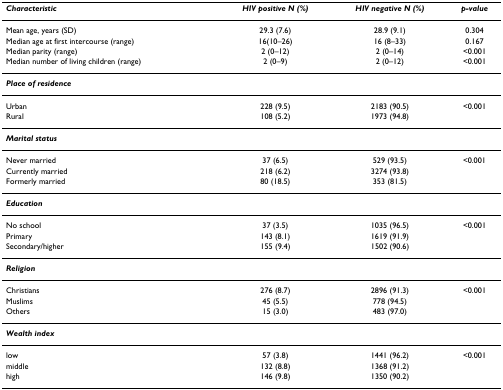
<table><thead><tr><td><b><i>Characteristic</i></b></td><td><b><i>HIV positive N (%)</i></b></td><td><b><i>HIV negative N (%)</i></b></td><td><b><i>p-value</i></b></td></tr></thead><tbody><tr><td>Mean age, years (SD)</td><td>29.3 (7.6)</td><td>28.9 (9.1)</td><td>0.304</td></tr><tr><td>Median age at first intercourse (range)</td><td>16(10–26)</td><td>16 (8–33)</td><td>0.167</td></tr><tr><td>Median parity (range)</td><td>2 (0–12)</td><td>2 (0–14)</td><td>&lt;0.001</td></tr><tr><td>Median number of living children (range)</td><td>2 (0–9)</td><td>2 (0–12)</td><td>&lt;0.001</td></tr><tr><td><b><i>Place of residence</i></b></td><td></td><td></td><td></td></tr><tr><td>Urban</td><td>228 (9.5)</td><td>2183 (90.5)</td><td>&lt;0.001</td></tr><tr><td>Rural</td><td>108 (5.2)</td><td>1973 (94.8)</td><td></td></tr><tr><td><b><i>Marital status</i></b></td><td></td><td></td><td></td></tr><tr><td>Never married</td><td>37 (6.5)</td><td>529 (93.5)</td><td>&lt;0.001</td></tr><tr><td>Currently married</td><td>218 (6.2)</td><td>3274 (93.8)</td><td></td></tr><tr><td>Formerly married</td><td>80 (18.5)</td><td>353 (81.5)</td><td></td></tr><tr><td><b><i>Education</i></b></td><td></td><td></td><td></td></tr><tr><td>No school</td><td>37 (3.5)</td><td>1035 (96.5)</td><td>&lt;0.001</td></tr><tr><td>Primary</td><td>143 (8.1)</td><td>1619 (91.9)</td><td></td></tr><tr><td>Secondary/higher</td><td>155 (9.4)</td><td>1502 (90.6)</td><td></td></tr><tr><td><b><i>Religion</i></b></td><td></td><td></td><td></td></tr><tr><td>Christians</td><td>276 (8.7)</td><td>2896 (91.3)</td><td>&lt;0.001</td></tr><tr><td>Muslims</td><td>45 (5.5)</td><td>778 (94.5)</td><td></td></tr><tr><td>Others</td><td>15 (3.0)</td><td>483 (97.0)</td><td></td></tr><tr><td><b><i>Wealth index</i></b></td><td></td><td></td><td></td></tr><tr><td>low</td><td>57 (3.8)</td><td>1441 (96.2)</td><td>&lt;0.001</td></tr><tr><td>middle</td><td>132 (8.8)</td><td>1368 (91.2)</td><td></td></tr><tr><td>high</td><td>146 (9.8)</td><td>1350 (90.2)</td><td></td></tr></tbody></table>